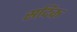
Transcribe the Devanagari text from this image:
सदिक